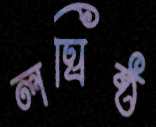
লঘিষ্ঠ